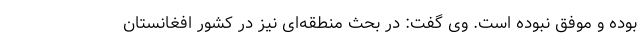
بوده و موفق نبوده است. وی گفت: در بحث منطقه‌ای نیز در کشور افغانستان